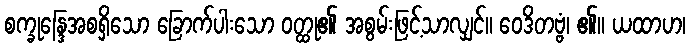
စက္ခုန္ဒြေအစရှိသော ခြောက်ပါးသော ဝတ္ထု၏ အစွမ်းဖြင့်သာလျှင်။ ဝေဒိတဗ္ဗံ၊ ၏။ ယထာဟ၊